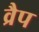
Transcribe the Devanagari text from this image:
व्रैप